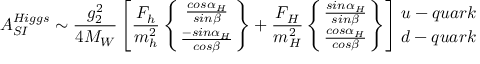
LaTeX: A _ { S I } ^ { H i g g s } \sim { \frac { g _ { 2 } ^ { 2 } } { 4 M _ { W } } } \left[ { \frac { F _ { h } } { m _ { h } ^ { 2 } } } \left\{ { { \frac { c o s \alpha _ { H } } { s i n \beta } } \atop { \frac { - s i n \alpha _ { H } } { c o s \beta } } } \right\} + { \frac { F _ { H } } { m _ { H } ^ { 2 } } } \left\{ { { \frac { s i n \alpha _ { H } } { s i n \beta } } \atop { \frac { c o s \alpha _ { H } } { c o s \beta } } } \right\} \right] { u - q u a r k \atop d - q u a r k }